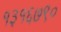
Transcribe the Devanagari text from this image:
१३१६७९०